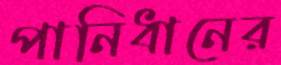
পানিধানের